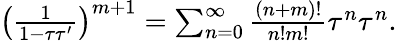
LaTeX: \begin{array}{r}{\left(\frac{1}{1-\tau\tau^{\prime}}\right)^{m+1}=\sum_{n=0}^{\infty}\frac{(n+m)!}{n!m!}\tau^{n}\tau^{n}.}\end{array}